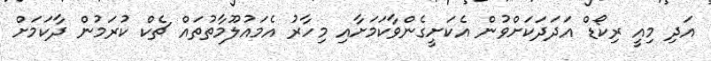
އަދި މިއީ ރިކޯޑް އަދަދަކަށްވުން އެކަށީގެންވާކަމަށާއި މިހާރު އެމައުލޫމާތުތައް ޗެކް ކުރަމުން ދާކަމަށް